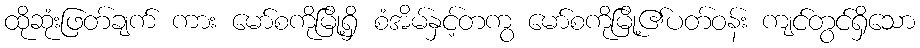
ထိုဆုံးဖြတ်ချက် ကား မော်စကိုမြို့ရှိ စံအိမ်နှင့်တကွ မော်စကိုမြို့၏ပတ်ဝန်း ကျင်တွင်ရှိသော